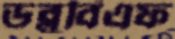
ডব্লুবিএফ